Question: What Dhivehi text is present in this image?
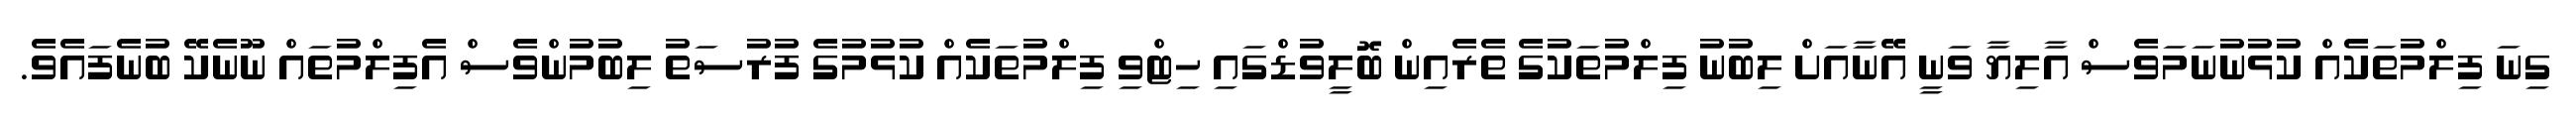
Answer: ގިނަ ފިލްމުތަކެއް ކުޅުނުނަމަވެސް އާލިޔާ ވަނީ އޭނާއަށް ލިބުނު ފިލްމުތަކުގެ ތެރެއިން ބޮލީވުޑްގައި ހިޓްވި ފިލްމުތަކެއް ކުޅުމުގެ ފުރުސަތު ލިބުމުންވެސް އެފިލްމުތައް ނޫނެކޭ ބުނެފައެވެ.